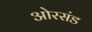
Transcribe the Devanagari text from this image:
ओरसंड